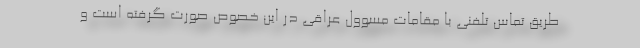
طریق تماس تلفنی با مقامات مسوول عراقی در این خصوص صورت گرفته است و